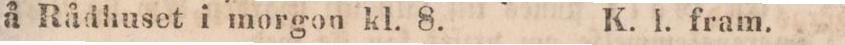
å Rådhuset i morgon kl. 8.    K. l. fram.